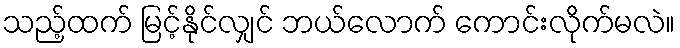
သည့်ထက် မြင့်နိုင်လျှင် ဘယ်လောက် ကောင်းလိုက်မလဲ။